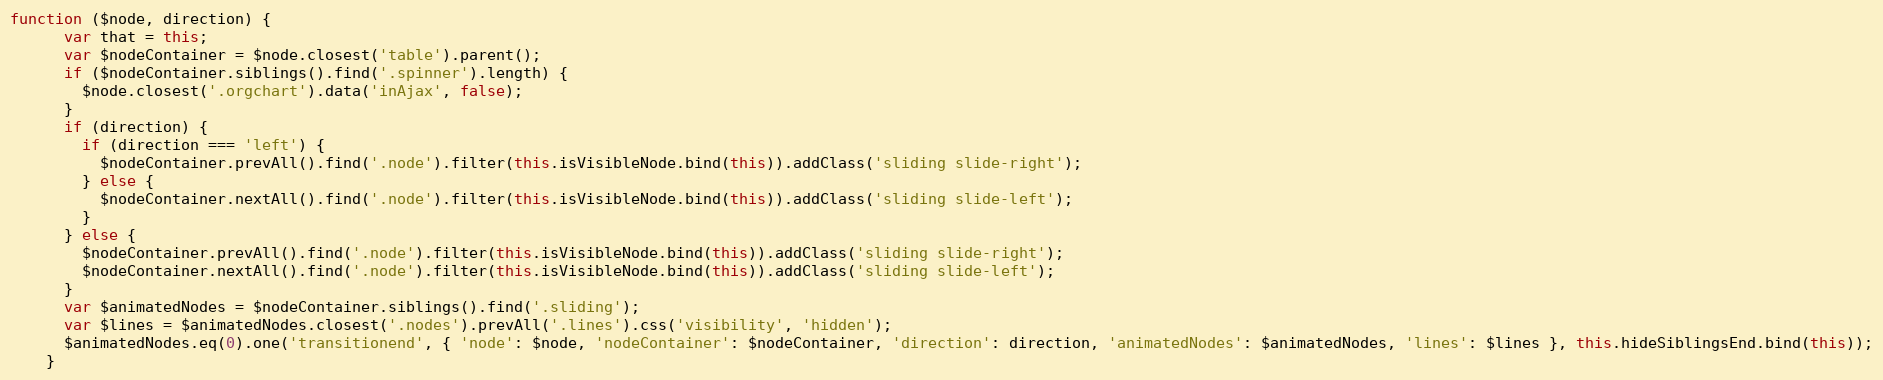
Language: JavaScript
function ($node, direction) {
      var that = this;
      var $nodeContainer = $node.closest('table').parent();
      if ($nodeContainer.siblings().find('.spinner').length) {
        $node.closest('.orgchart').data('inAjax', false);
      }
      if (direction) {
        if (direction === 'left') {
          $nodeContainer.prevAll().find('.node').filter(this.isVisibleNode.bind(this)).addClass('sliding slide-right');
        } else {
          $nodeContainer.nextAll().find('.node').filter(this.isVisibleNode.bind(this)).addClass('sliding slide-left');
        }
      } else {
        $nodeContainer.prevAll().find('.node').filter(this.isVisibleNode.bind(this)).addClass('sliding slide-right');
        $nodeContainer.nextAll().find('.node').filter(this.isVisibleNode.bind(this)).addClass('sliding slide-left');
      }
      var $animatedNodes = $nodeContainer.siblings().find('.sliding');
      var $lines = $animatedNodes.closest('.nodes').prevAll('.lines').css('visibility', 'hidden');
      $animatedNodes.eq(0).one('transitionend', { 'node': $node, 'nodeContainer': $nodeContainer, 'direction': direction, 'animatedNodes': $animatedNodes, 'lines': $lines }, this.hideSiblingsEnd.bind(this));
    }